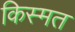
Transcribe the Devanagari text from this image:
किस्‍मत